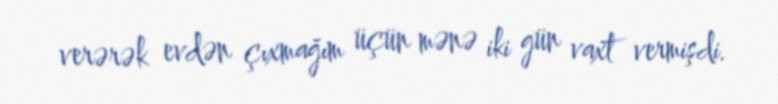
verərək evdən çıxmağım üçün mənə iki gün vaxt vermişdi.